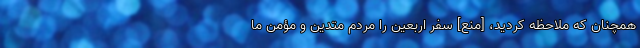
همچنان که ملاحظه کردید، [منع] سفر اربعین را مردم متدین و مؤمن ما